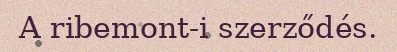
A ribemont-i szerződés.